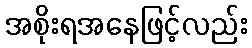
အစိုးရအနေဖြင့်လည်း